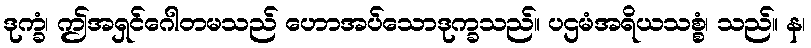
ဒုက္ခံ၊ ဤအရှင်ဂေါတမသည် ဟောအပ်သောဒုက္ခသည်။ ပဌမံအရိယသစ္စံ၊ သည်။ န၊